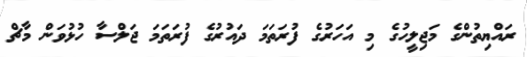
ރައްޔިތުންގެ މަޖިލީހުގެ މި އަހަރުގެ ފުރަތަމަ ދައުރުގެ ފުރަތަމަ ޖަލްސާ ހުޅުވަން މާޗް